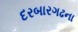
દરબારગઢના